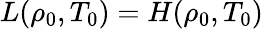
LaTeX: L\! \left(\rho_{0},T_{0}\right)=H\! \left(\rho_{0},T_{0}\right)